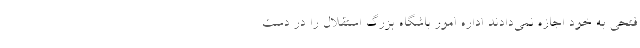
فتحی به خود اجازه نمی‌دادند اداره امور باشگاه بزرگ استقلال را در دست